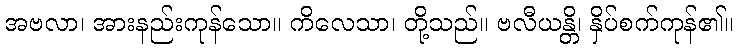
အဗလာ၊ အားနည်းကုန်သော။ ကိလေသာ၊ တို့သည်။ ဗလီယန္တိ၊ နှိပ်စက်ကုန်၏။